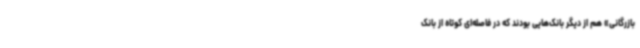
بازرگانی» هم از دیگر بانک‌هایی بودند که در فاصله‌ای کوتاه از بانک